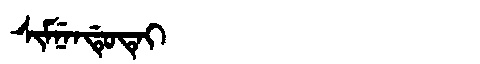
Manchu: ᠰᡳᠮᠨᡝᠨᡩᡠᡨᡝᡳ
Romanization: SIMNENDUTEI